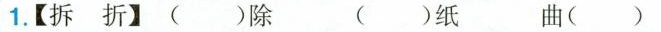
1.【拆折】()除 ()纸 曲()